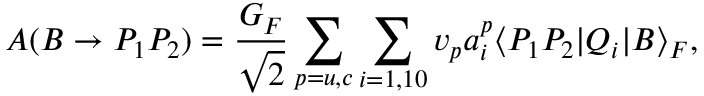
A ( B \to P _ { 1 } P _ { 2 } ) = \frac { G _ { F } } { \sqrt { 2 } } \sum _ { p = u , c } \sum _ { i = 1 , 1 0 } v _ { p } a _ { i } ^ { p } \langle P _ { 1 } P _ { 2 } \vert Q _ { i } \vert B \rangle _ { F } ,